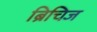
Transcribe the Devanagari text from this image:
ब्रिचिज